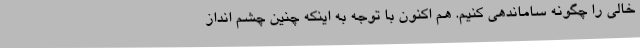
خالی را چگونه ساماندهی کنیم. هم اکنون با توجه به اینکه چنین چشم انداز